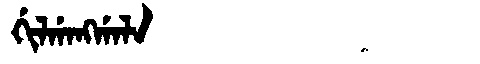
Manchu: ᡤᡳᠯᡤᠠᠩᡤᠠᠯᠠ
Romanization: GILGANGGALA